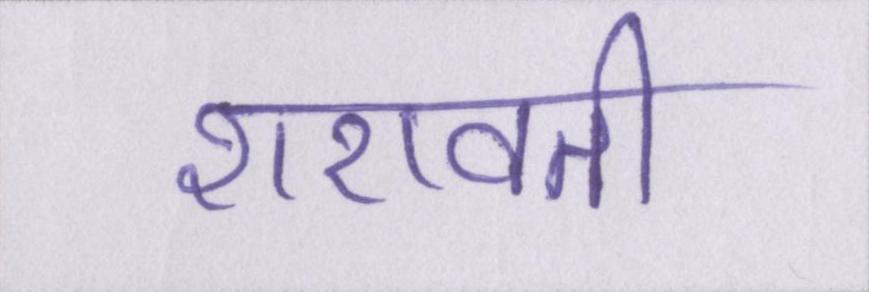
शरावती